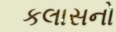
કલાસનો